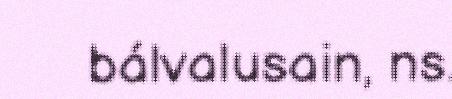
bálvalusain, ns.